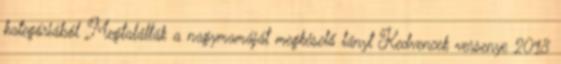
kategóriából Megtalálták a nagymamáját megkéselő lányt Kedvencek versenye 2018